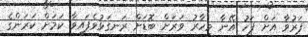
ފަރުވާ އަށް ފަހު އޭނާ މިހާރު ވަރަށް ބޮޑަށް ރަނގަޅުވެފައިވާ ކަމަށް ކަރަންގެ